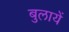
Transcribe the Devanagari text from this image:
बुलायें